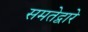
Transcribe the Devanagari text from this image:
समतेद्वारे